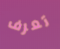
تعرف